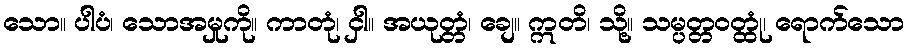
သော။ ပါပံ၊ သောအမှုကို။ ကာတုံ၊ ငှါ။ အယုတ္တံ၊ ချေ။ ဣတိ၊ သို့။ သမ္ပတ္တဝတ္ထုံ၊ ရောက်သော